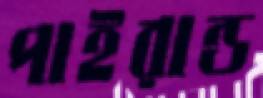
পাইরান্ড